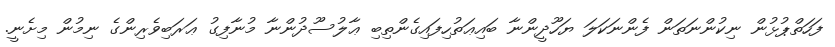
ފަހަތްޕުޅުން ނިކުންނަތަން ފެންނަކަލަ ޔަހޫދީންނާ ބައިޢަތުހިފައިގެންތިބި ޢާލުސޫދުންނާ މުނާފިގު ޢަރަބިވެރިންގެ ނިމުން މިށެނީ.